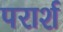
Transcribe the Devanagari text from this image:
परार्श